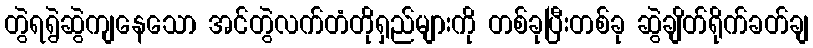
တွဲရရွဲဆွဲကျနေသော အင်တွဲလက်တံတိုရှည်များကို တစ်ခုပြီးတစ်ခု ဆွဲချိတ်ရိုက်ခတ်ချ